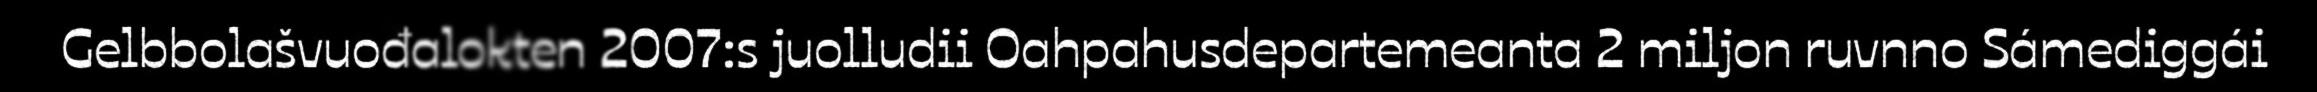
Gelbbolašvuođalokten 2007:s juolludii Oahpahusdepartemeanta 2 miljon ruvnno Sámediggái